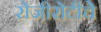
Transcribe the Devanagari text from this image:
रोजीरोटीचे